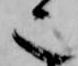
也